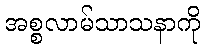
အစ္စလာမ်သာသနာကို